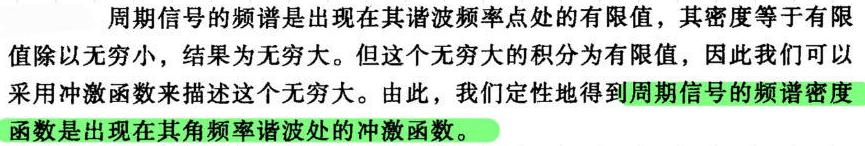
周期信号的频谱是出现在其谐波频率点处的有限值，其密度等于有限值除以无穷小，结果为无穷大。但这个无穷大的积分为有限值，因此我们可以采用冲激函数来描述这个无穷大。由此，我们定性地得到周期信号的频谱密度函数是出现在其角频率谐波处的冲激函数。